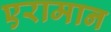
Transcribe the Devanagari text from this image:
एरामान